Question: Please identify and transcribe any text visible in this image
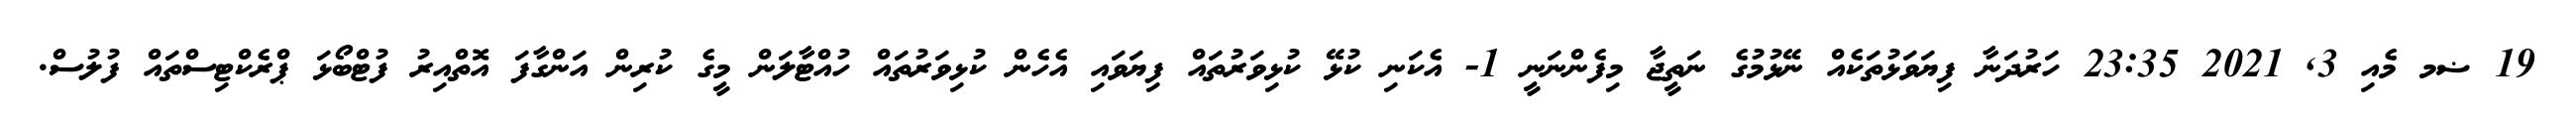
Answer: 19 ޟމ މެއި 3, 2021 23:35 ހަރުދަނާ ފިޔަވަޅުތަކެއް ނޭޅުމުގެ ނަތީޖާ މިފެންނަނީ 1- އެކަނި ކުޅޭ ކުޅިވަރުތައް ފިޔަވައި އެހެން ކުޅިވަރުތައް ހުއްޓާލަން މީގެ ކުރިން އަންގާފަ އޮތްއިރު ފުޓްބޯޅަ ޕްރެކްޓިސްތައް ފުލުސް.